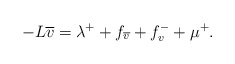
\begin{align*}-L\overline{v}=\lambda^++f_{\overline{v}}+f^{-}_{v}+\mu^{+}.\end{align*}